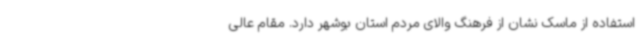
استفاده از ماسک نشان از فرهنگ والای مردم استان بوشهر دارد. مقام عالی